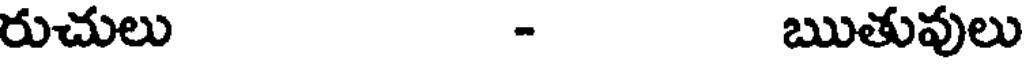
రుచులు - ఋతువులు